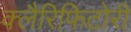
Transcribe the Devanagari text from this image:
क्लैरिफिटोरी